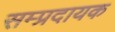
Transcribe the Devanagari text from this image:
सम्‍प्रदायक